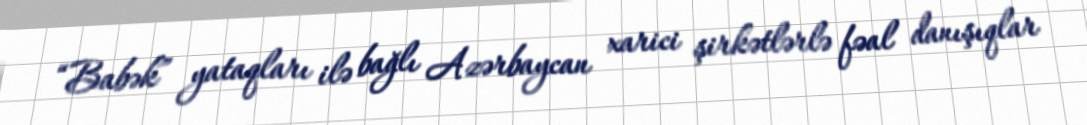
“Babək” yataqları ilə bağlı Azərbaycan xarici şirkətlərlə fəal danışıqlar